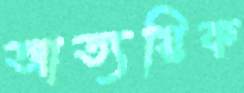
আত্যয়িক